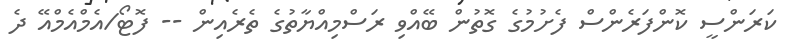
ކަރަންސީ ކޮންފަރެންސް ފެށުމުގެ ގޮތުން ބޭއްވި ރަސްމިއްޔާތުގެ ތެރެއިން -- ފޮޓޯ/އެމްއެމްއޭ ދެ